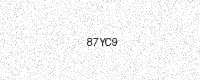
Text: 87YC9